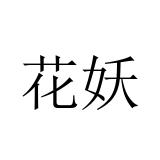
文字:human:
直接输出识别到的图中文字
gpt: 花妖